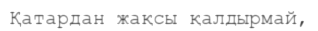
Қатардан жақсы қалдырмай,